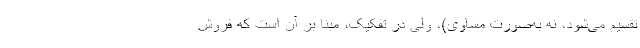
تقسیم می‌شود، نه به‌صورت مساوی)، ولی در تفکیک، مبنا بر آن است که فروش